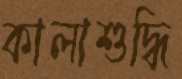
কালাশুদ্ধি